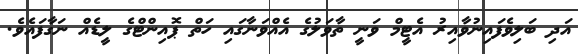
އަދި ބަލިވެފައިނުވާއިރު އެޓީމް ވަނީ ތާވަލުގެ އެއްވަނާގައި ހަތް ޕޮއިންޓްގެ ލީޑެއް ނަގާފައެވެ.